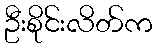
ဦးစိုင်းလိတ်က